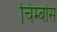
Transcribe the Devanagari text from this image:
चिम्बोस